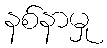
နစ်နာမှု